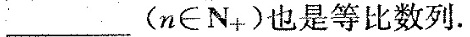
_________(n∈N+)也是等比数列。